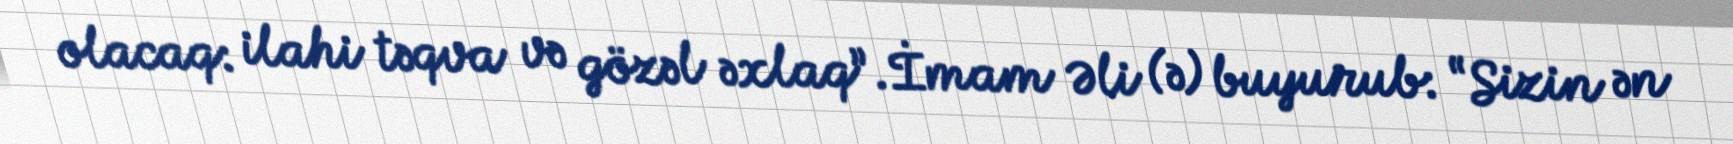
olacaq: ilahi təqva və gözəl əxlaq”.İmam Əli (ə) buyurub: “Sizin ən